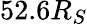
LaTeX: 52.6R_{S}